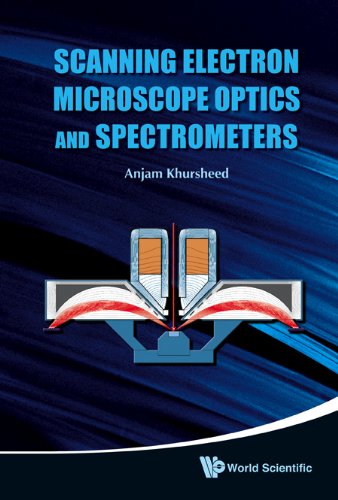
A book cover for Scanning Electron Microscope Optics and Spectrometer; Anjam Khursheed; Science & Math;